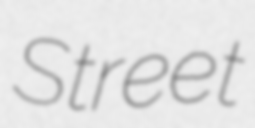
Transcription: Street